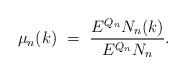
LaTeX: \begin{align*}\mu_n (k) \ = \ \frac{ E^{Q_n} N_n (k)}{E^{Q_n} N_n}.\end{align*}